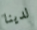
لدينا